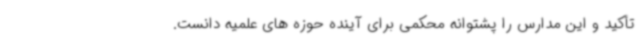
تأکید و این مدارس را پشتوانه محکمی برای آینده حوزه های علمیه دانست.